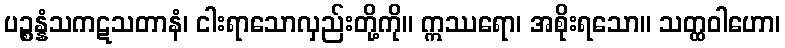
ပဉ္စန္နံသကဋသတာနံ၊ ငါးရာသောလှည်းတို့ကို။ ဣဿရော၊ အစိုးရသော။ သတ္ထဝါဟော၊